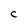
Character: C